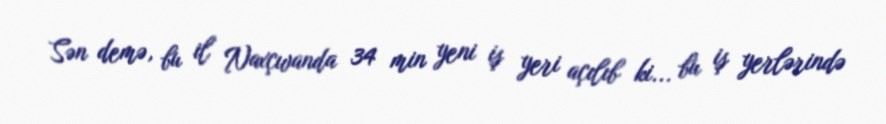
Sən demə, bu il Naxçıvanda 34 min yeni iş yeri açılıb ki... bu iş yerlərində